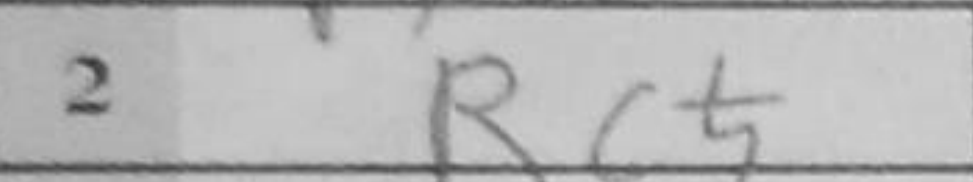
Transcription: Rc5